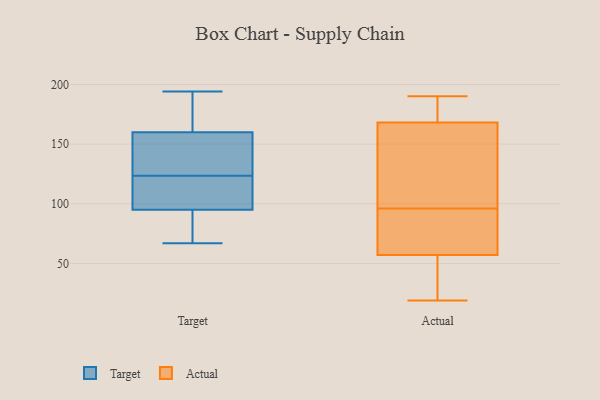
{"axis": {"x": "Bounce Rate (%)", "y": "Value"}, "legend": ["Actual", "Target"], "data": [{"x": "", "y": 194, "type": "Target"}, {"x": "", "y": 128, "type": "Target"}, {"x": "", "y": 186, "type": "Target"}, {"x": "", "y": 95, "type": "Target"}, {"x": "", "y": 119, "type": "Target"}, {"x": "", "y": 67, "type": "Target"}, {"x": "", "y": 160, "type": "Target"}, {"x": "", "y": 92, "type": "Target"}, {"x": "", "y": 109, "type": "Target"}, {"x": "", "y": 148, "type": "Target"}, {"x": "", "y": 57, "type": "Actual"}, {"x": "", "y": 84, "type": "Actual"}, {"x": "", "y": 168, "type": "Actual"}, {"x": "", "y": 118, "type": "Actual"}, {"x": "", "y": 53, "type": "Actual"}, {"x": "", "y": 132, "type": "Actual"}, {"x": "", "y": 190, "type": "Actual"}, {"x": "", "y": 89, "type": "Actual"}, {"x": "", "y": 103, "type": "Actual"}, {"x": "", "y": 176, "type": "Actual"}, {"x": "", "y": 64, "type": "Actual"}, {"x": "", "y": 45, "type": "Actual"}, {"x": "", "y": 175, "type": "Actual"}, {"x": "", "y": 19, "type": "Actual"}]}